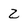
Character: 2